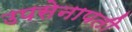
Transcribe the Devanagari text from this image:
उपसेनापती